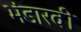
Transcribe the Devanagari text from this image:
भंडारवी